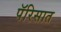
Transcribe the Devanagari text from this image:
पॅरिसात